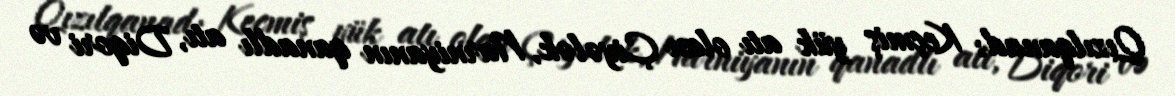
Qızılqanad: Keçmiş yük atı olan Çiyələk, Narniyanın qanadlı atı, Diqori və